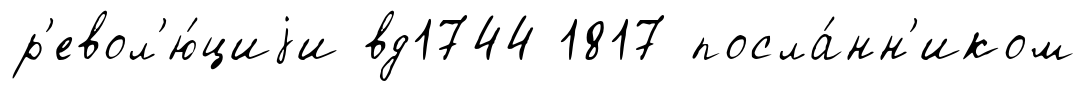
р'евол'ю́циjи вд1744 1817 посла́нн'иком